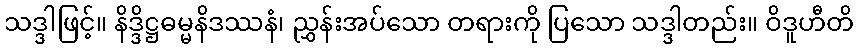
သဒ္ဒါဖြင့်။ နိဒ္ဒိဋ္ဌဓမ္မနိဒဿနံ၊ ညွှန်းအပ်သော တရားကို ပြသော သဒ္ဒါတည်း။ ဝိဒူဟီတိ